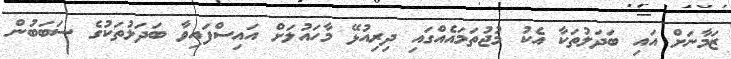
ޒަމާނަށް އައި ބަދަލުތަކާ އެކު މުޖުތަމައެއްގައި ދިރިއުޅޭ މާހައުލަށް އައިސްފައިވާ ބަދަލުތަކުގެ ސަބަބުން